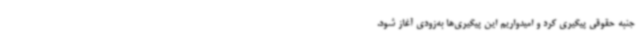
جنبه حقوقی پیگیری کرد و امیدواریم این پیگیری‌ها به‌زودی آغاز شود.